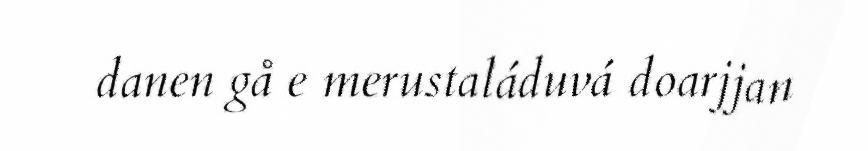
danen gå e merustaláduvá doarjjan